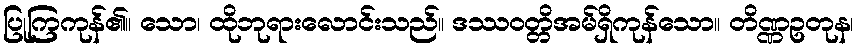
ပြုကြကုန်၏။ သော၊ ထိုဘုရားလောင်းသည်။ ဒဿဝတ္တိအမ်ရှိကုန်သော။ တိဏ္ဏဥတုန၊